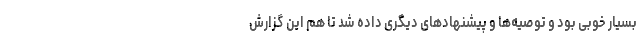
بسیار خوبی بود و توصیه‌ها و پیشنهادهای دیگری داده شد تا هم این گزارش